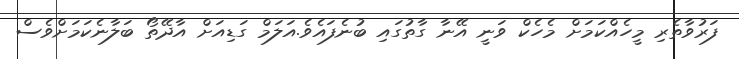
ފަރުވާތެރި މީހެއްކަމަށް މެހެކް ވަނީ އޭނާ ގާތުގައި ބުނެފައެވެ.އަލަމް ގަޑިއަށް އާދޭތޯ ބަލާނެކަމަށްވެސް